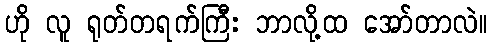
ဟို လူ ရုတ်တရက်ကြီး ဘာလို့ထ အော်တာလဲ။